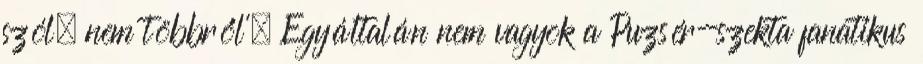
szól, nem többről'. Egyáltalán nem vagyok a Puzsér-szekta fanatikus